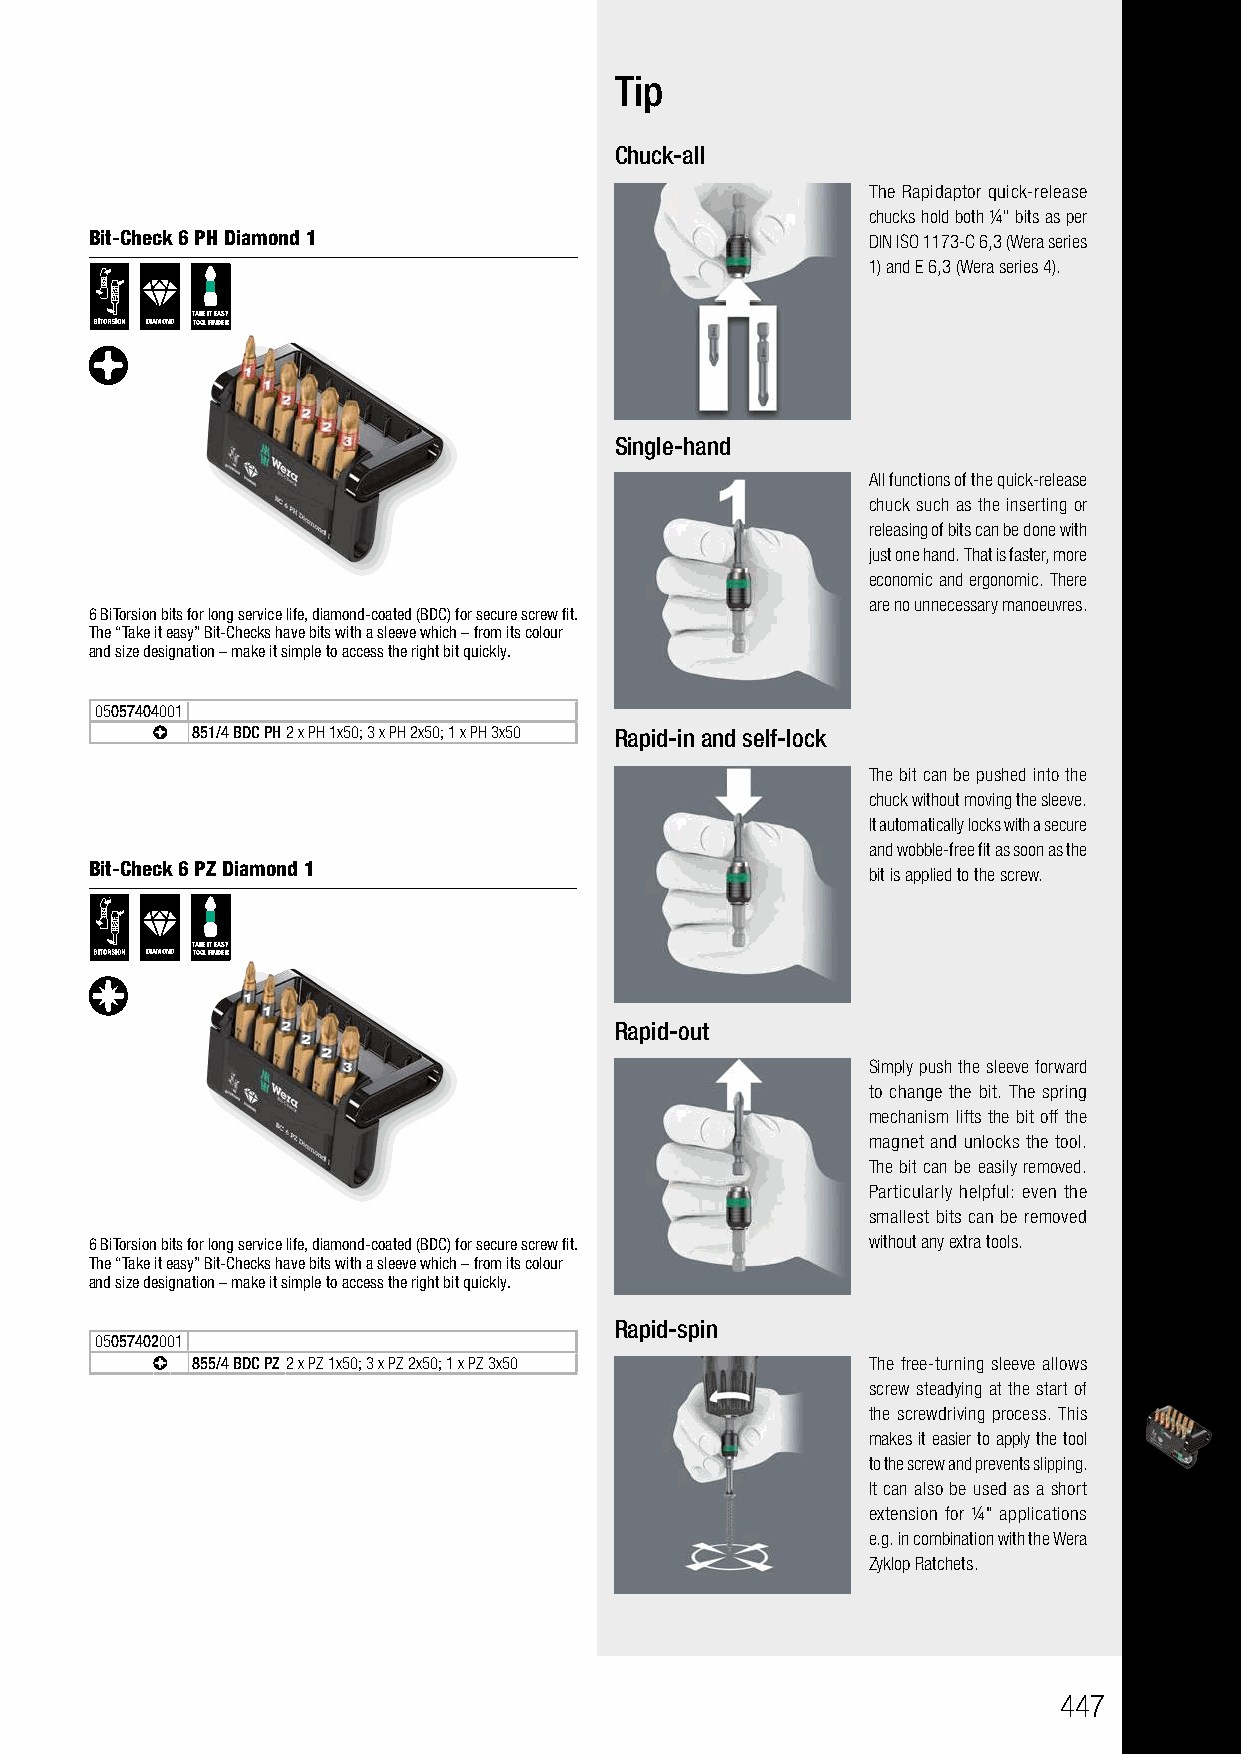
Bit-Checks Diamond
 Tip
 Bits with “bite”
 Chuck-all
 The Rapidaptor quick-release
 chucks hold both ¼" bits as per
 Bit-Check 6 PH Diamond 1                           DIN ISO 1173-C 6,3 (Wera series
 1) and E 6,3 (Wera series 4).
 TAKE IT EASY
 DIAMOND TOOL FINDER
 Single-hand
 All functions of the quick-release
 chuck such as the inserting or
 releasing of bits can be done with
 just one hand. That is faster, more
 economic and ergonomic. There
 are no unnecessary manoeuvres.
 6 BiTorsion bits for long service life, diamond-coated (BDC) for secure screw fit.
 The “Take it easy” Bit-Checks have bits with a sleeve which – from its colour
 and size designation – make it simple to access the right bit quickly.
 05057404001
 851/4 BDC PH2 x PH 1x50; 3 x PH 2x50; 1 x PH 3x50 Rapid-in and self-lock
 The bit can be pushed into the
 chuck without moving the sleeve.
 It automatically locks with a secure
 and wobble-free fit as soon as the
 Bit-Check 6 PZ Diamond 1
 bit is applied to the screw.
 TAKE IT EASY
 DIAMOND TOOL FINDER
 Rapid-out
 Simply push the sleeve forward
 to change the bit. The spring
 mechanism lifts the bit off the
 magnet and unlocks the tool.
 The bit can be easily removed.
 Particularly helpful: even the
 smallest bits can be removed
 6 BiTorsion bits for long service life, diamond-coated (BDC) for secure screw fit. without any extra tools.
 The “Take it easy” Bit-Checks have bits with a sleeve which – from its colour
 and size designation – make it simple to access the right bit quickly.
 Rapid-spin
 05057402001
 855/4 BDC PZ2 x PZ 1x50; 3 x PZ 2x50; 1 x PZ 3x50 The free-turning sleeve allows
 screw steadying at the start of
 the screwdriving process. This
 makes it easier to apply the tool
 to the screw and prevents slipping.
 It can also be used as a short
 extension for ¼" applications
 e.g. in combination with the Wera
 Zyklop Ratchets.
 447